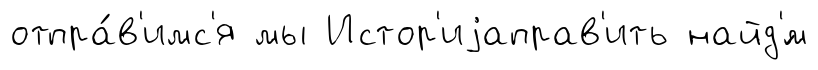
отпра́в'имс'я мы Истор'иjаправ'ить найд'́м